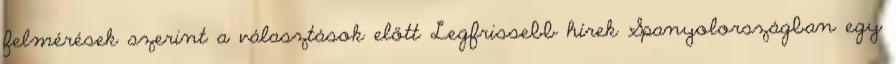
felmérések szerint a választások előtt Legfrissebb hírek Spanyolországban egy